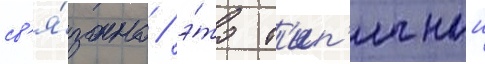
св'я́зано / э́то т'ип'ичныи